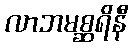
လာဘမစ္ဆရိနီ